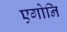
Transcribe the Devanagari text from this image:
एगोनि